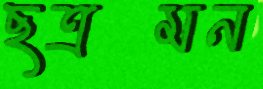
ছত্রমন